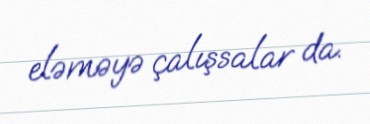
eləməyə çalışsalar da.